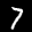
Label: 7